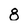
Character: 8